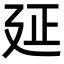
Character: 𢌛